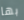
بها